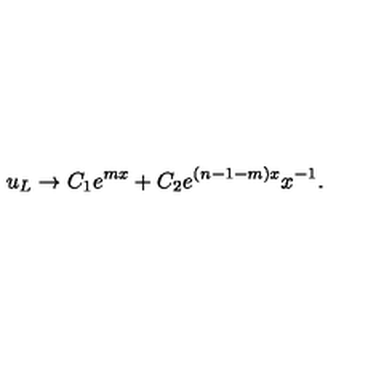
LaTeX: u _ { L } \to C _ { 1 } e ^ { m x } + C _ { 2 } e ^ { ( n - 1 - m ) x } x ^ { - 1 } .